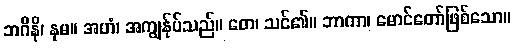
ဘဂိနိ၊ နှမ။ အဟံ၊ အကျွန်ုပ်သည်။ တေ၊ သင်၏။ ဘာကာ၊ မောင်တော်ဖြစ်သော။